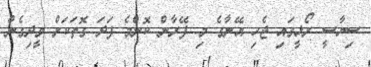
ސިޔާސީ ރޯޅީގައި ޖެހި އޭނާގެ މި ފޭރާން ކޮންމެ ފަދަ ގޮތަކަށް ވީދިގެން